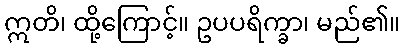
ဣတိ၊ ထို့ကြောင့်။ ဥပပရိက္ခာ၊ မည်၏။